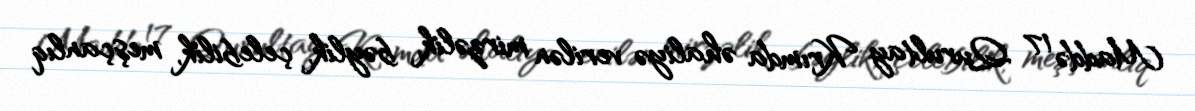
Maddə 17 Qurultay Krımda əhaliyə verilən mirzəlik, bəylik, çelebilik, meşçanlıq